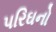
પરિઘનો